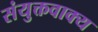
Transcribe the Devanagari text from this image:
संयुक्तवाक्य